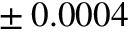
\pm { \: 0 . 0 0 0 4 }